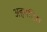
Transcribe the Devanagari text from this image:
अहमदिस